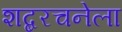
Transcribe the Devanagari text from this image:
शब्दरचनेला